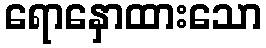
ရောနှောထားသော